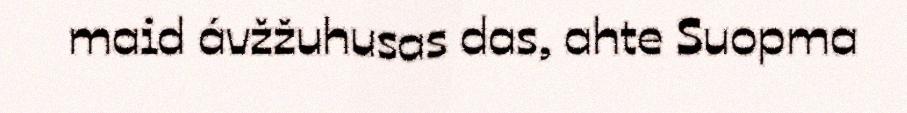
maid ávžžuhusas das, ahte Suopma